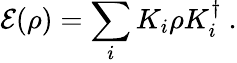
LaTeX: \mathcal{E}(\rho)=\sum_{i}K_{i}\rho K_{i}^{\dagger}\ .